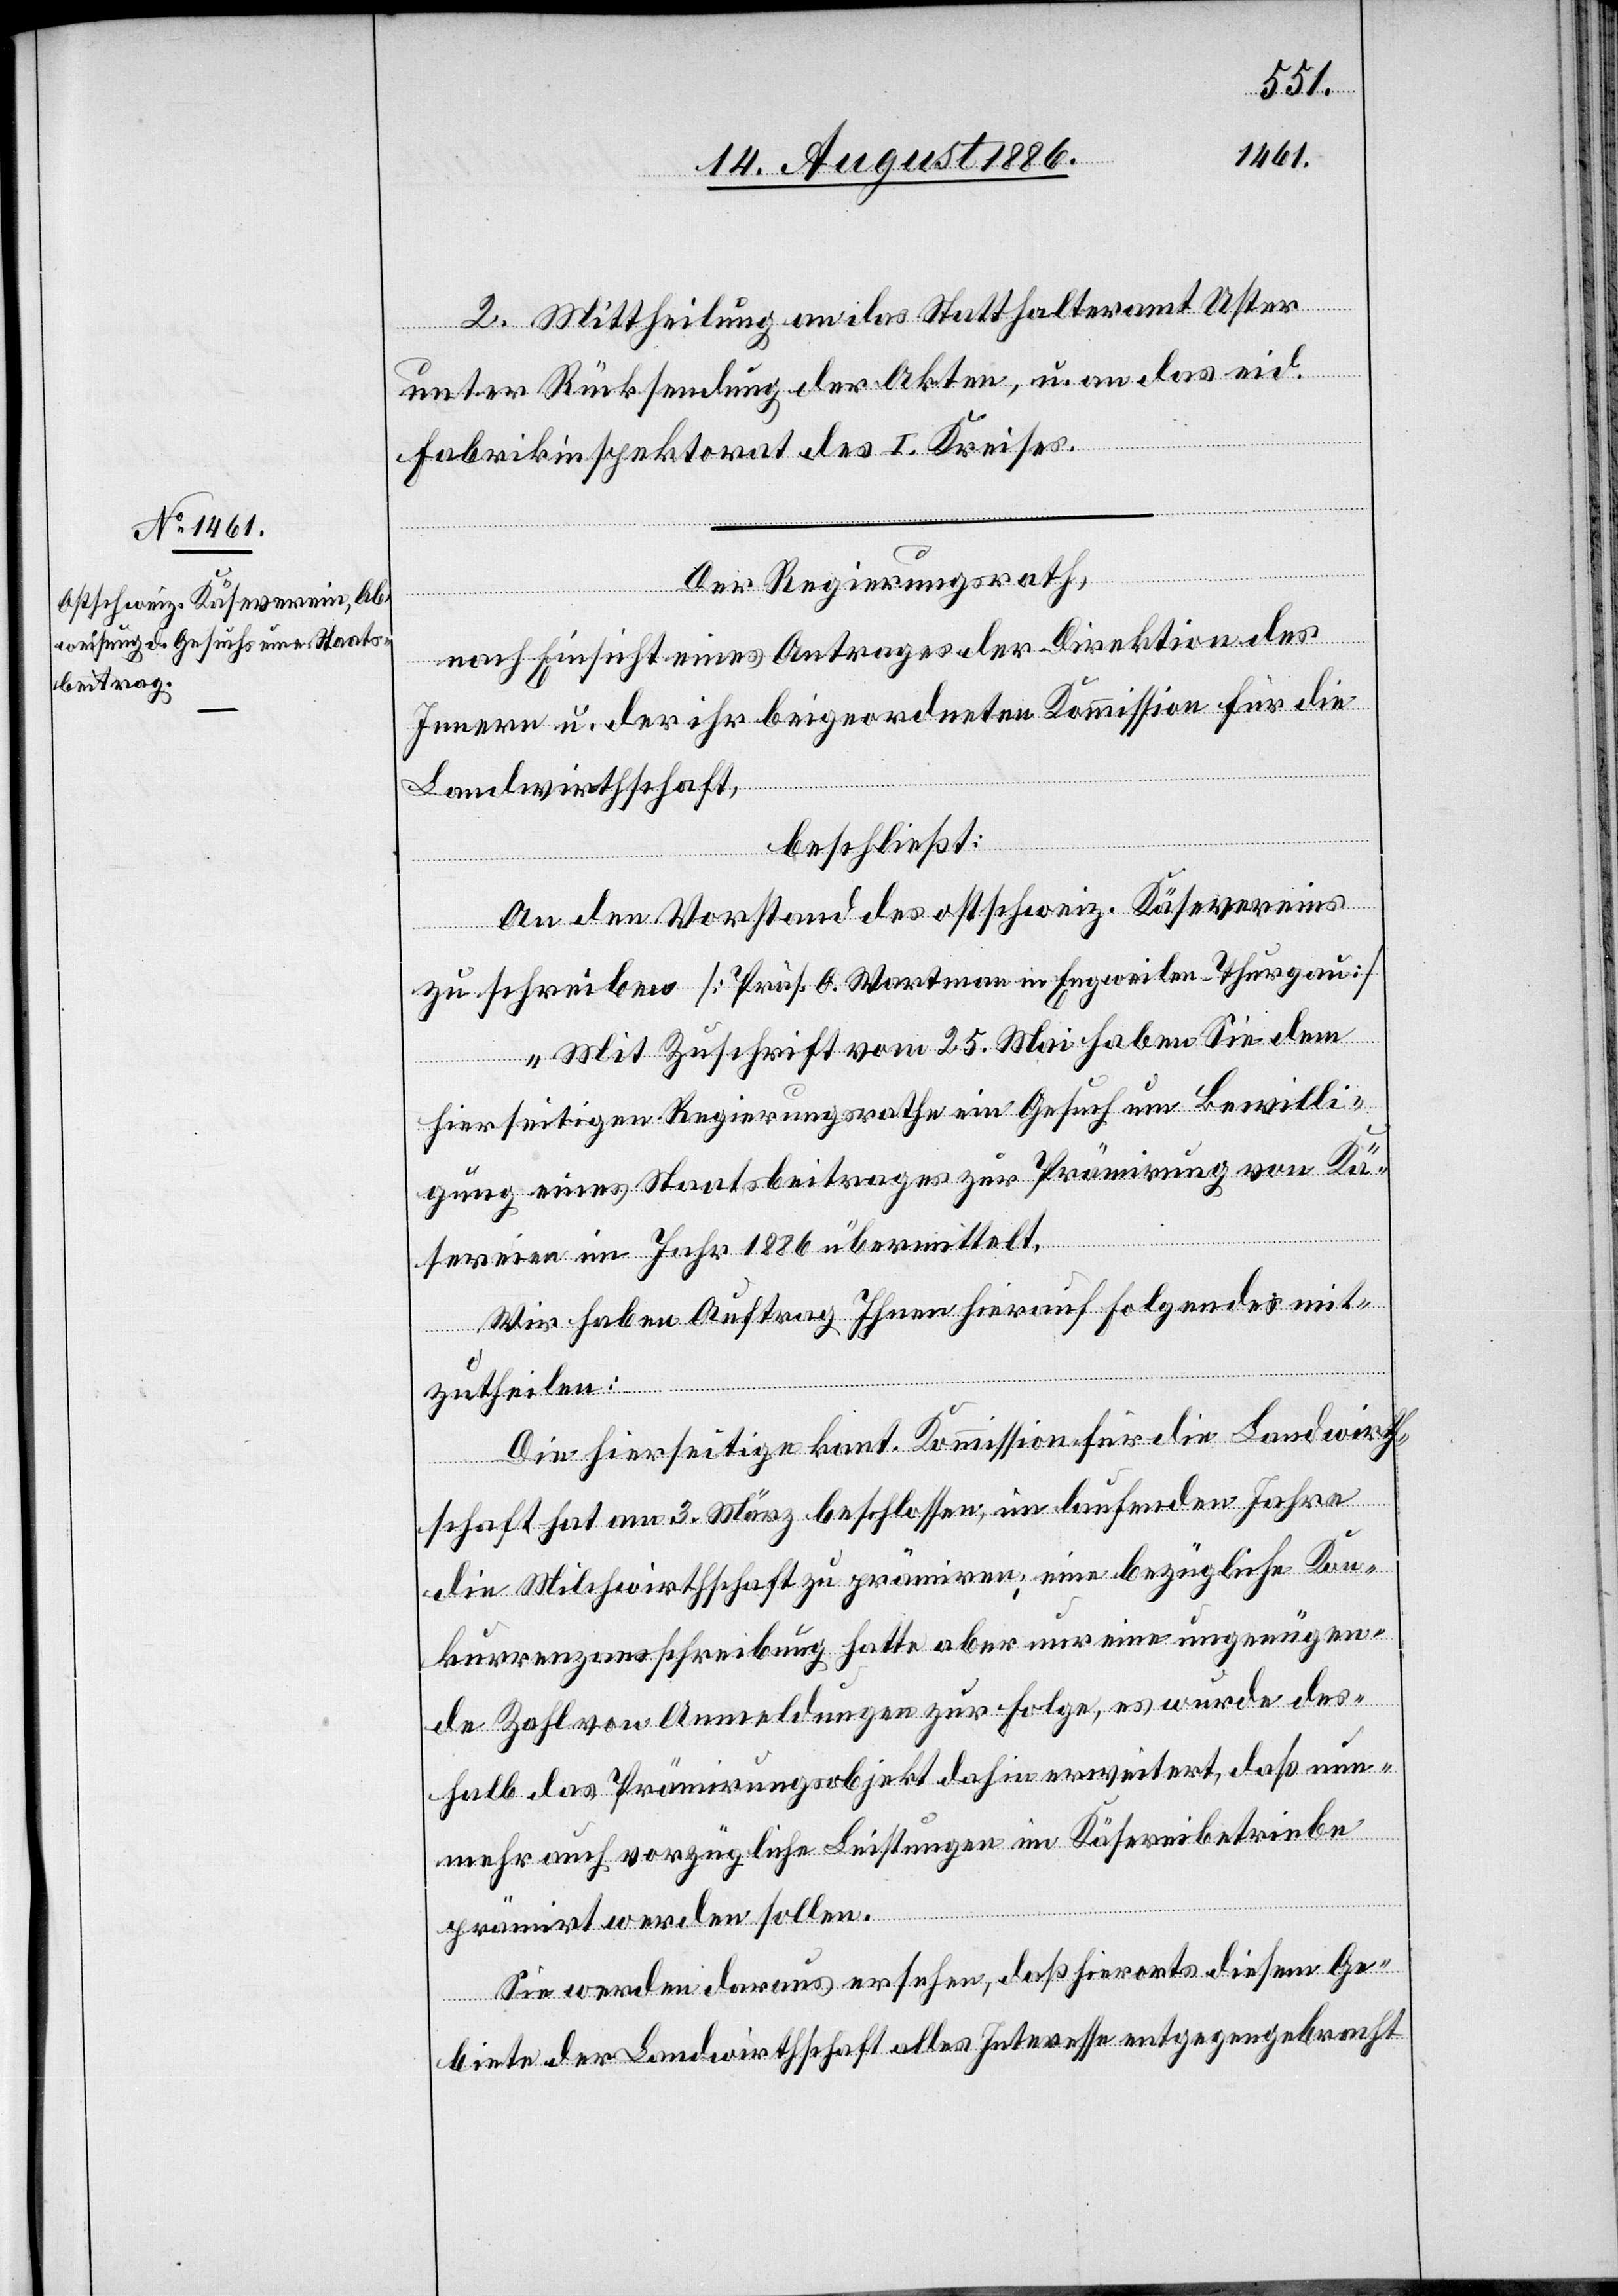
2. Mittheilung an das Statthalteramt Uster
unter Rücksendung der Akten, u. an das eid.
Fabrikinspektorat des I. Kreises.
Der Regierungsrath,
nach Einsicht eines Antrages der Direktion des
Innern u. der ihr beigeordneten Kommission für die
Landwirthschaft,
beschließt:
An den Vorstand des ostschweiz. Käsevereins
zu schreiben [Präs. O. Wartmann in Engweilen - Thurgau]:
„Mit Zuschrift vom 25. Mai haben Sie dem
hierseitigen Regierungsrathe ein Gesuch um Bewilli¬
gung eines Staatsbeitrages zur Prämirung von Kä¬
sereien im Jahr 1886 übermittelt.
Wir haben Auftrag Ihnen hierauf Folgendes mit¬
zutheilen:
Die hierseitige kant. Kommission für die Landwirth¬
schaft hat am 3. März beschlossen, im laufenden Jahre
die Milchwirthschaft zu prämiren; eine bezügliche Kon¬
kurrenzausschreibung hatte aber nur eine ungenügen¬
de Zahl von Anmeldungen zur Folge, es wurde des¬
halb das Prämirungsobjekt dahin erweitert, daß nun¬
mehr auch vorzügliche Leistungen im Käsereibetriebe
prämirt werden sollen.
Sie werden daraus ersehen, daß hierorts diesem Ge¬
biete der Landwirthschaft alles Interesse entgegengebracht